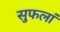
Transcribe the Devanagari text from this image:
सुफलां